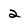
Character: 2